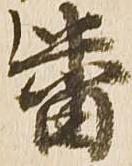
番